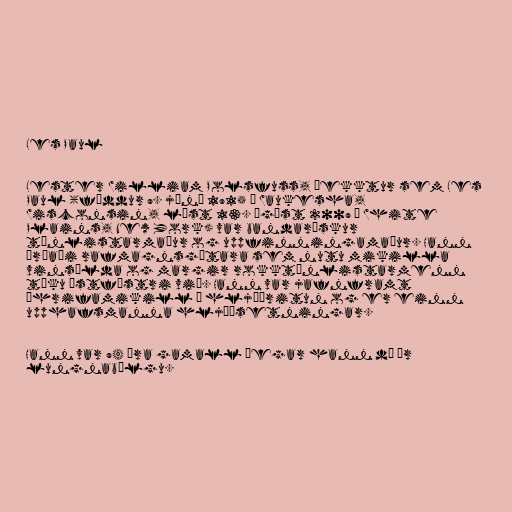
Les Paul

Lester William Polsfuss, þekktur sem Les
Paul (fæddur 9. júní 1915 í Waukesha,
Wisconsin, lést 13. ágúst 2009 í White
Plains, New York) var bandarískur
tónlistarmaður og uppfinningamaður. Hann
þróaði rafmagnsgítara sem nutu mikilla
vinsælda og margir rokktónlistarmenn
tóku ástfóstri við. Hann var jafnframt
áhrifamikill í hljóðritun og er einn
upphafsmanna hljóðsetningar.

Hann var 94 ára gamall þegar hann dó úr
lungnabólgu.